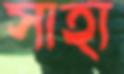
সাহা